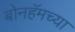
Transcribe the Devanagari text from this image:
बोनहॅमच्या